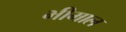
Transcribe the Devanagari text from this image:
भीमाल